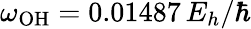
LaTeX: \omega_{\mathrm{OH}}=0.01487\, E_{h}/\hbar